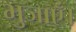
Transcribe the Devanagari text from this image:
भुजाएँ।